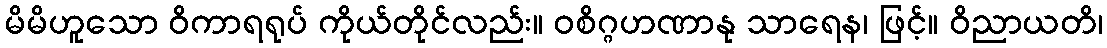
မိမိဟူသော ဝိကာရရုပ် ကိုယ်တိုင်လည်း။ ဝစိဂ္ဂဟဏာနု သာရေန၊ ဖြင့်။ ဝိညာယတိ၊